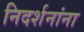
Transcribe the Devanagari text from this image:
निदर्शनांना